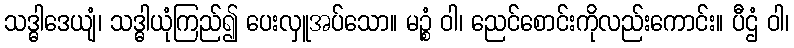
သဒ္ဓါဒေယျံ၊ သဒ္ဓါယုံကြည်၍ ပေးလှူအပ်သော။ မဉ္စံ ဝါ၊ ညေင်စောင်းကိုလည်းကောင်း။ ပီဌံ ဝါ၊